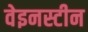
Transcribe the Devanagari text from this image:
वेइनस्टीन